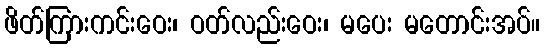
ဖိတ်ကြားကင်းဝေး၊ ဝတ်လည်းဝေး၊ မပေး မတောင်းအပ်။